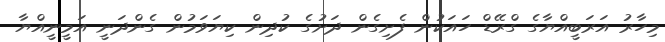
މިހާރު އަރަބީއްޔާގެ ގްރޭޑް ހައަކުން ފެށިގެން ދަށުގެ ކުދިން ކިޔަވަމުން ގެންދަނީ އަމީނީއްޔާ